画像に写った文字を読んでください
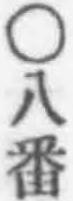
「○八番」と書いてあります